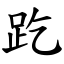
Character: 趷